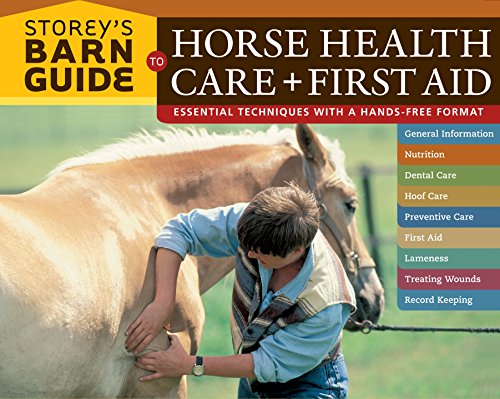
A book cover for Storey's Barn Guide to Horse Health Care + First Aid; Storey Publishing; Medical Books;